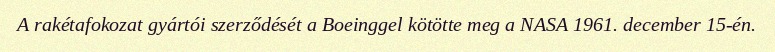
A rakétafokozat gyártói szerződését a Boeinggel kötötte meg a NASA 1961. december 15-én.